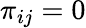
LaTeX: \pi_{ij}=0